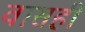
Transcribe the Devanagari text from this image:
वासही